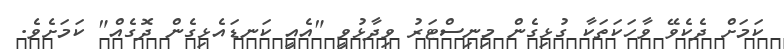
ކަމަށް ދެކެވޭ ވާހަކަތަކާ ގުޅިގެން މިނިސްޓަރު ވިދާޅުވީ "އެއީ ކަނޑައެޅިގެން ދޮގެއް" ކަމަށެވެ.